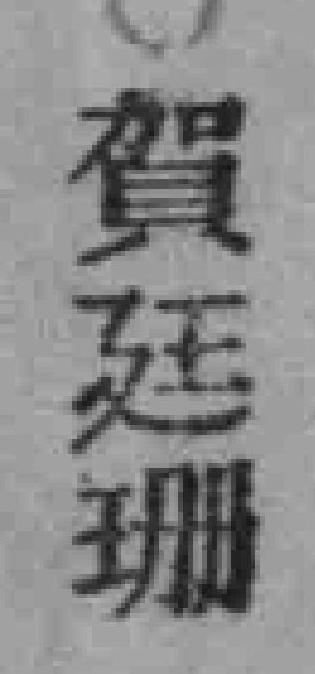
賀廷珊